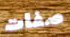
صفات